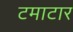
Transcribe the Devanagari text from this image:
टमाटार